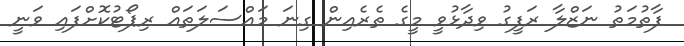
ފާތުމަތު ނަޒްލާ ރަފީގު ވިދާޅުވީ މީގެ ތެރެއިން ގިނަ މައްސަލަތައް ރިޕޯޓުކޮށްފައި ވަނީ